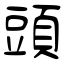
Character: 頭